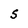
Character: S